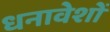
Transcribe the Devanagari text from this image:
धनावेशों